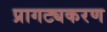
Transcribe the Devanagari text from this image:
प्रागट्यकरण